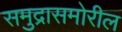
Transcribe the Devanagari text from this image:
समुद्रासमोरील